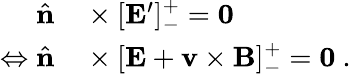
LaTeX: \begin{array}{rl}{\hat{\mathbf{n}}}&{{}\times[\mathbf{E}^{\prime}]_{-}^{+}=\mathbf{0}}\\ {\Leftrightarrow\hat{\mathbf{n}}}&{{}\times[\mathbf{E}+\mathbf{v}\times\mathbf{B}]_{-}^{+}=\mathbf{0}~.}\end{array}